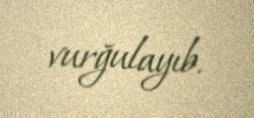
vurğulayıb.